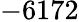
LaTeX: -6172